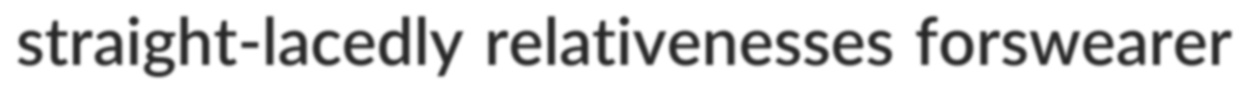
straight-lacedly relativenesses forswearer